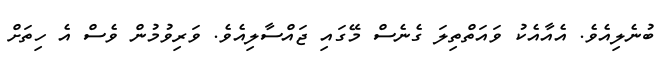
ބުނެލިއެވެ. އެއާއެކު ވައަތްތިލަ ގެނެސް މޭގައި ޖައްސާލިއެވެ. ވަރިވުމުން ވެސް އެ ހިތަށް